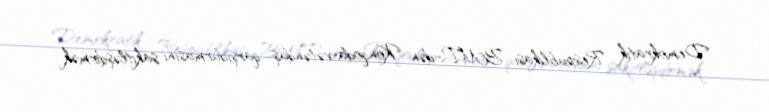
Demokratik Respublikası BMT-dən Konqoda vətəndaş qarşıdurmasını sakitləşdirmək